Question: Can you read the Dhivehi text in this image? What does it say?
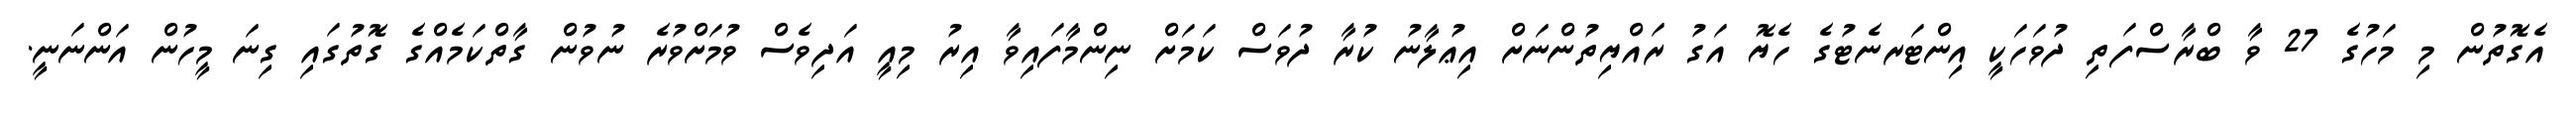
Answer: އެގޮތުން މި މަހުގެ 27 ވާ ބްރާސްފަތި ދުވަހަކީ އިންޓަރނެޓުގެ ހެޔޮ އަގު ރައްޔިތުންނަށް އިޢުލާނު ކުރާ ދުވަސް ކަމަށް ނިންމާފައިވާ އިރު މިއީ އަދިވެސް ވުމަށްވުރެ ނުވުން ގާތްކަމެއްގެ ގޮތުގައި ގިނަ މީހުން އަންނަނީ.